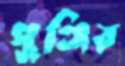
পুঞ্জির